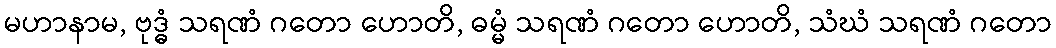
မဟာနာမ, ဗုဒ္ဓံ သရဏံ ဂတော ဟောတိ, ဓမ္မံ သရဏံ ဂတော ဟောတိ, သံဃံ သရဏံ ဂတော